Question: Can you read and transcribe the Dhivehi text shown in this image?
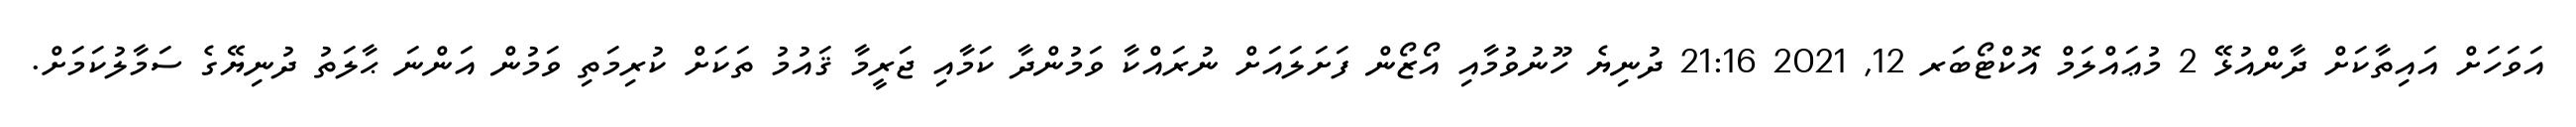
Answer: އަވަހަށް އައިތާކަށް ދާންއުޅޭ 2 މުޢައްލަމް އޮކްޓޯބަރ 12, 2021 21:16 ދުނިޔެ ހޫނުވުމާއި އޯޒޯން ފަށަލައަށް ނުރައްކާ ވަމުންދާ ކަމާއި ޖަރީމާ ޤައުމު ތަކަށް ކުރިމަތި ވަމުން އަންނަ ޙާލަތު ދުނިޔޭގެ ސަމާލުކަމަށް.